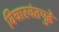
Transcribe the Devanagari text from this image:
विचारवंतपुढे